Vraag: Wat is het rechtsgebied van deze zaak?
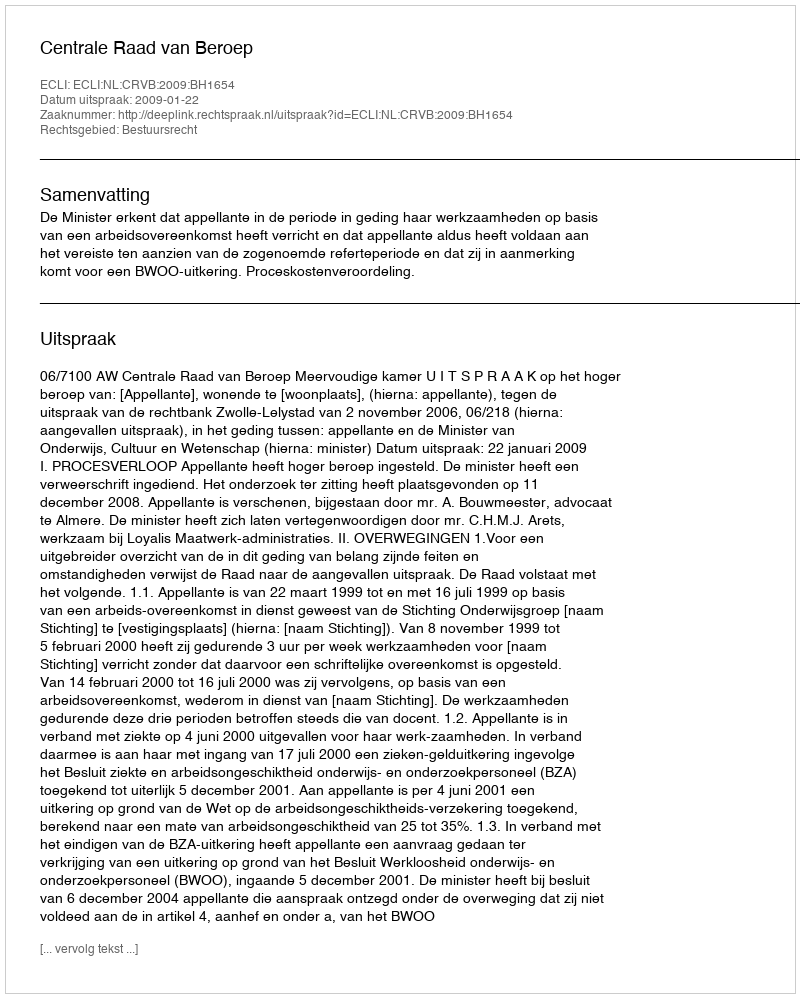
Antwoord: Bestuursrecht